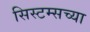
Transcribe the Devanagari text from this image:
सिस्टम्सच्या